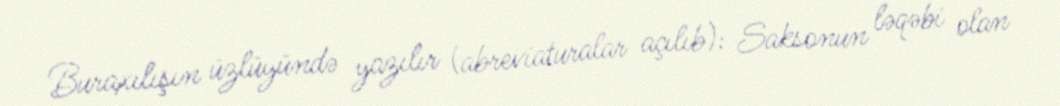
Buraxılışın üzlüyündə yazılır (abreviaturalar açılıb): Saksonun ləqəbi olan